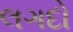
લગદો